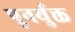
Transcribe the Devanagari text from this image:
पुनर्युक्त